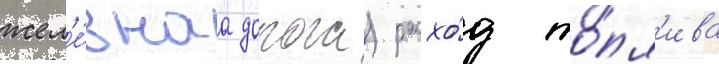
жел'е́знаа дорога) расхо́д то́пл'ива